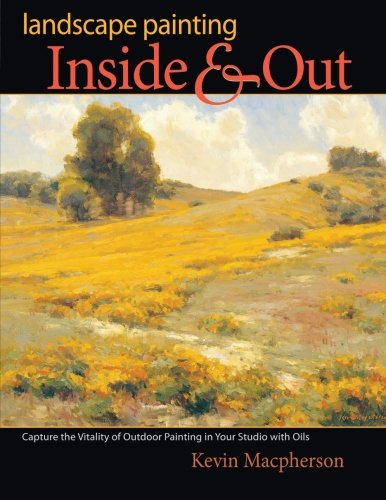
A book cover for Landscape Painting Inside & Out; Kevin MacPherson; Arts & Photography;